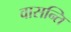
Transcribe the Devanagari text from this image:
वासन्ति